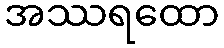
အဿရထော